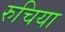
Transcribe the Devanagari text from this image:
रुचिया